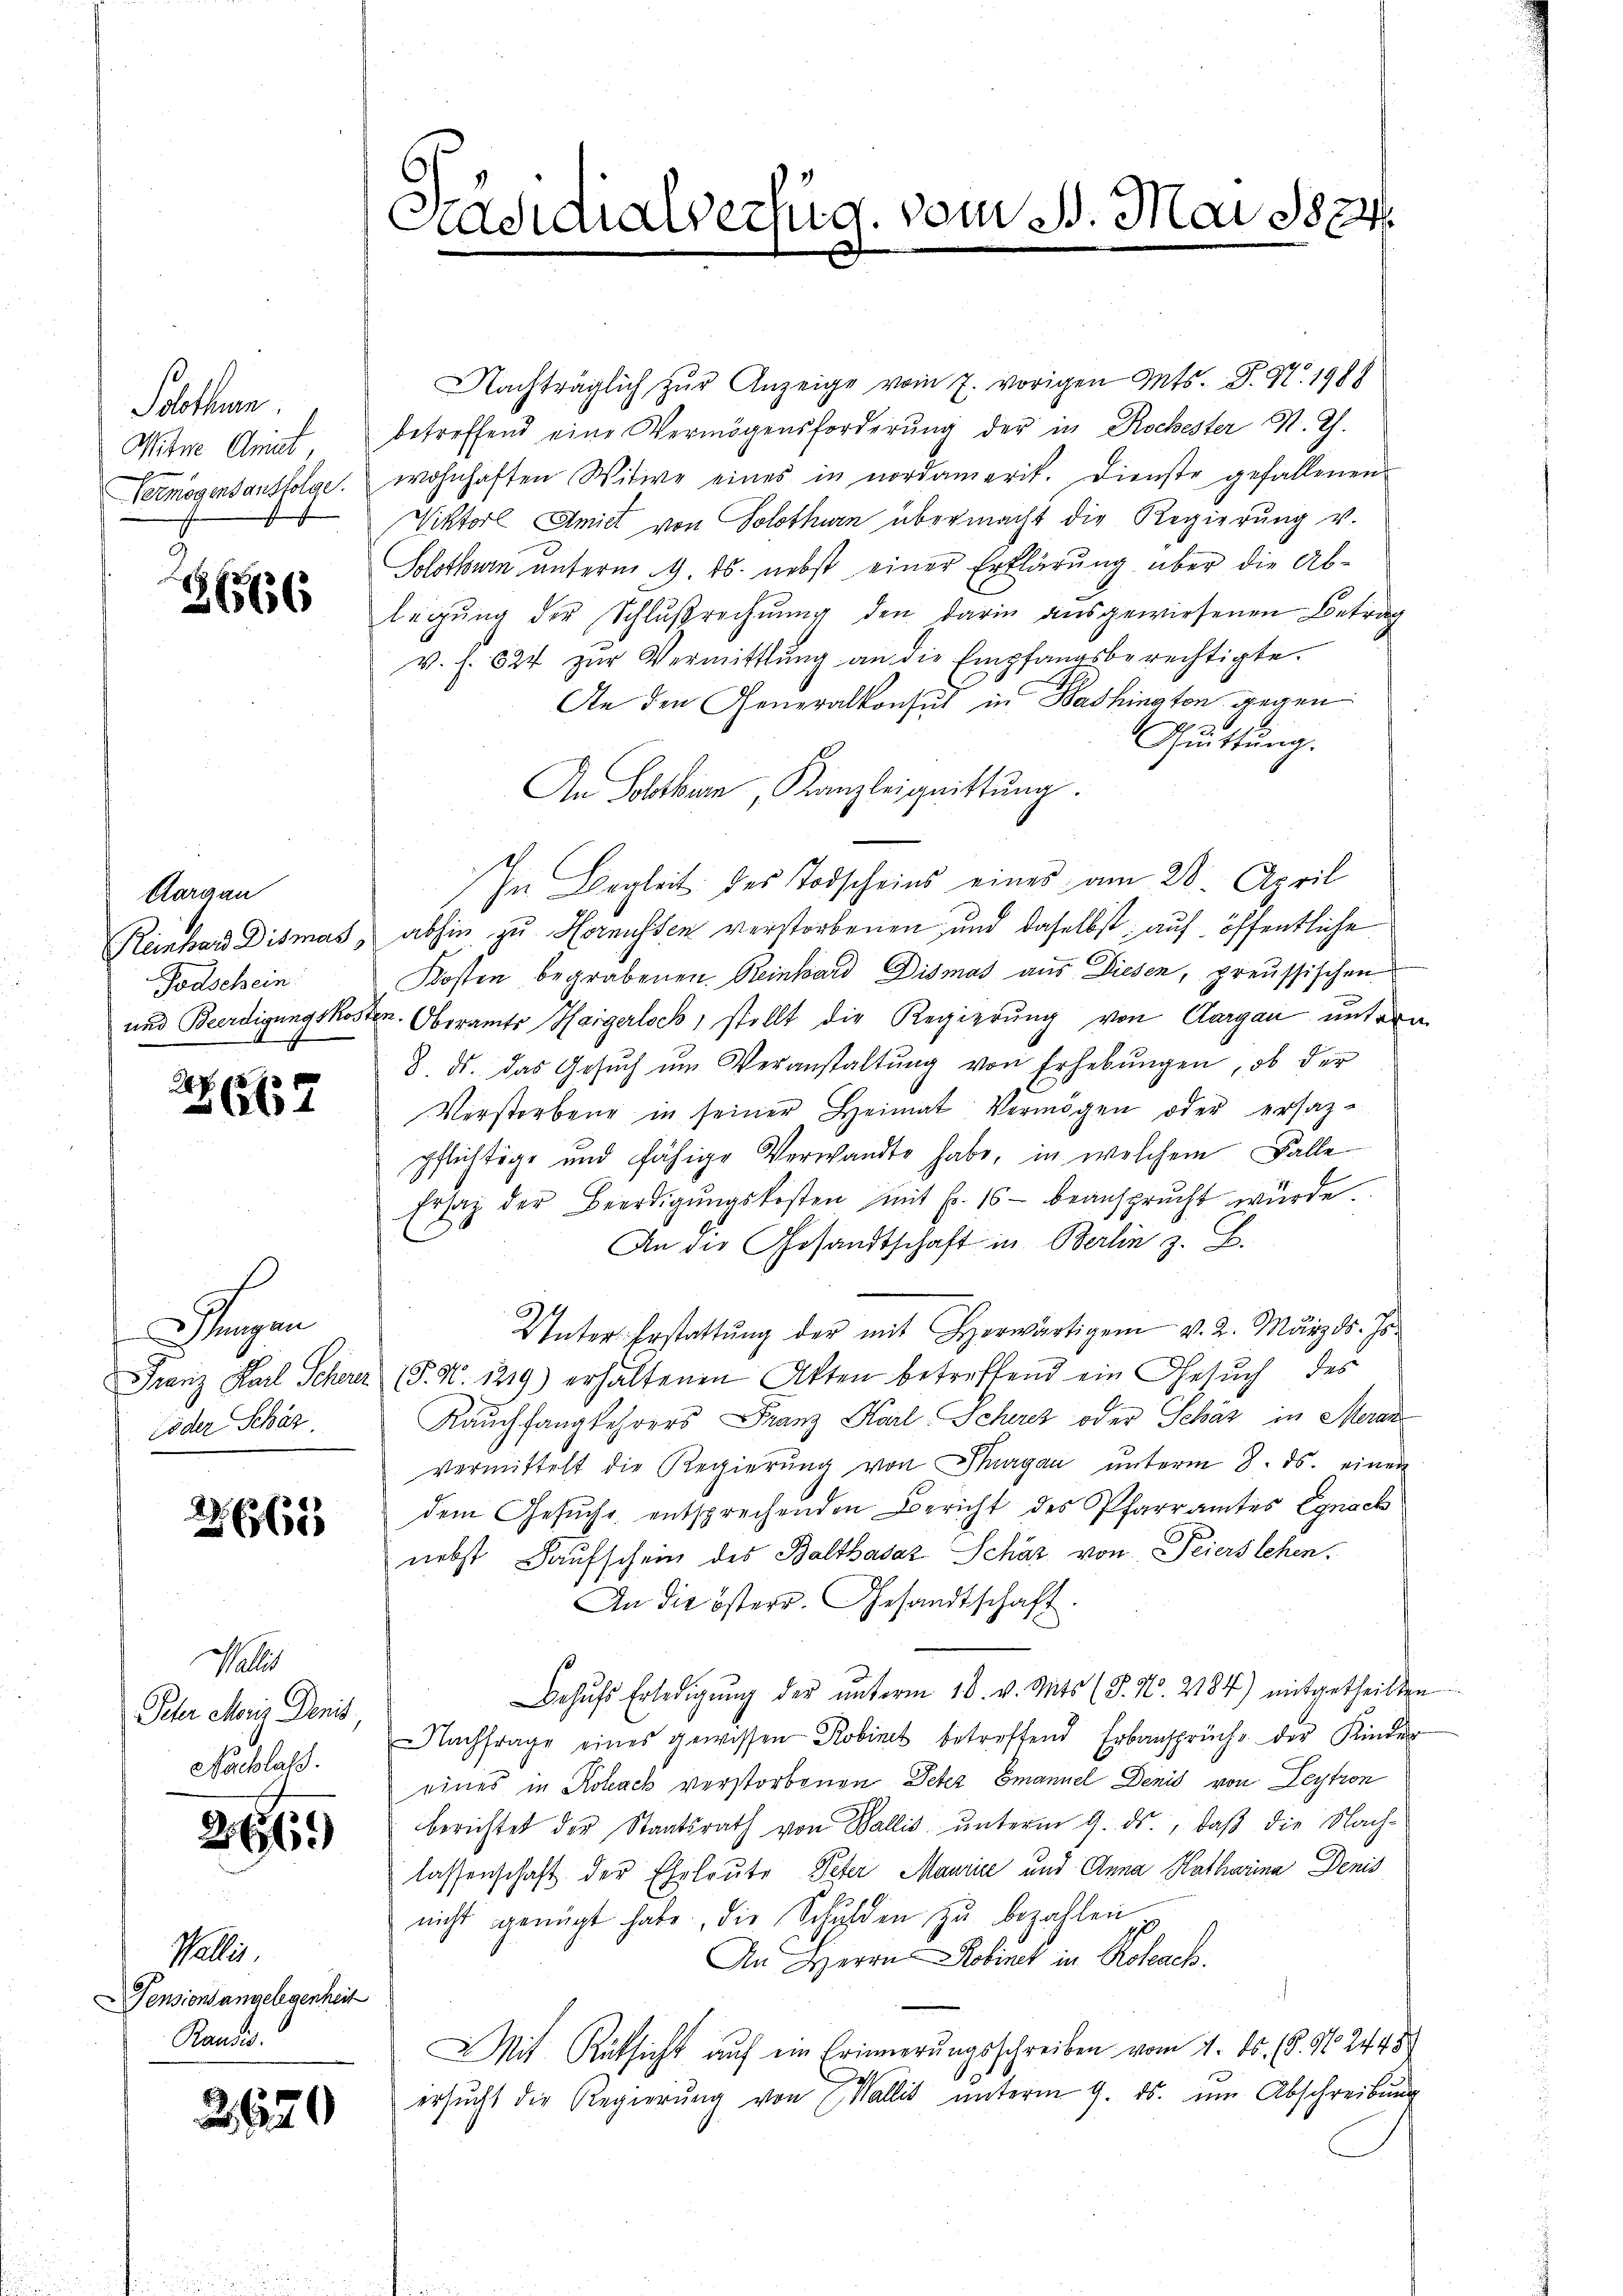
Solothurn.
Witwe Arist

2666

Aargau
Todschein

267

Hungen
öder Schär

2662

Nachträglich zŭr Anzeige vom 7. vorigen Mts. S. 97. 198
betreffend eine Vermögensforderŭng der in Rochester St. G.
Vermögensausfolge. wohnhaften Witwe eines in nordamerit. Dienste gefallenen
Viktor Amiet von Solothurn übermacht die Regierung v.
Solothurn unterm 9. ds. nebst einer Erklärung über die Ablegŭng der Schlŭβrechnŭng den darin ausgewiesenen Betrag
v. f. 524 zur Vermittlung an die Empfangsberechtigte.
An den Generalkonsul in Bashington gegen
Cuittung.
An Solothurn, Kanzleiguittung.
In Begleit des Todscheins eines am 28. April
Reinhard Dismas, abhin zu Hornussen verstorbenen und daselbst auf öffentliche
Kosten begrabenen Reinhard Dismas aus Diesen, preussischen
und Beerdigungskosten. Oberamts Haigerloch, stellt die Regierung von Aargau untern
8. ds. das Gesŭch ŭm Veranstaltŭng von Erhebŭngen, ob der
Verstorbene in seiner Heimat Vermögen oder ersazpflichtige und fähige Verwandte habe, in welchem Falle
Ersatz der Beerdigŭngskosten mit Fr. 16. beansprucht würde.
An die Gesandtschaft in Berlin z. B.
Unter Erstattung der mit Horwärtigen v. 2. März d. Jo¬
Franz Karl Scherer (§. N. 1219) erhaltenen Akten betreffend ein Gesŭch des
Rauchfangkehrers Franz Karl Schirez oder Schäz, in Meran
vermittelt die Regierŭng von Thurgau unterm 8. ds. einen
dem Gesuche entsprechenden Bericht des Pfarramtes Egnach
nebst Kaufschein des Balthasar Schär von Feiers lehen.
An die österr. Gesandtschaft.
Behŭfs Erledigŭng der ŭnterm 18. v. Mts. (T. No. 2184) mitgetheilten
Nachfrage eines gewissen Robinet betreffend Erbansprüche der Kinder
eines in Rohack verstorbenen Peter Emanuel Denis von Leytron
berichtet der Staatsrath von Wallis unterm 9. ds., daß die Nachlassenschaft der Eheleute Peter Maurice und Anna Katharina Denis
nicht genügt habe, die Schulden zu bezahlen
An Herrn Robinet in Roteach
Mit Rüksicht auf ein Erinnerungsschreiben vom 4. ds. (8. No. 244. 8
ersŭcht die Regierŭng von Wallit ŭnterm 9. ds. ŭm Abschreibŭng

Salis
Peter Moriz Denist
Nachlass

26.)

Wallis.
Pensionsangelegenheit
Raudis.

2620

Präsidialverfug. vom 1. Mai 1824.